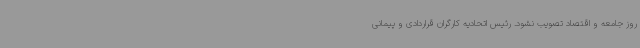
روز جامعه و اقتصاد تصویب نشود. رئیس اتحادیه کارگران قراردادی و پیمانی